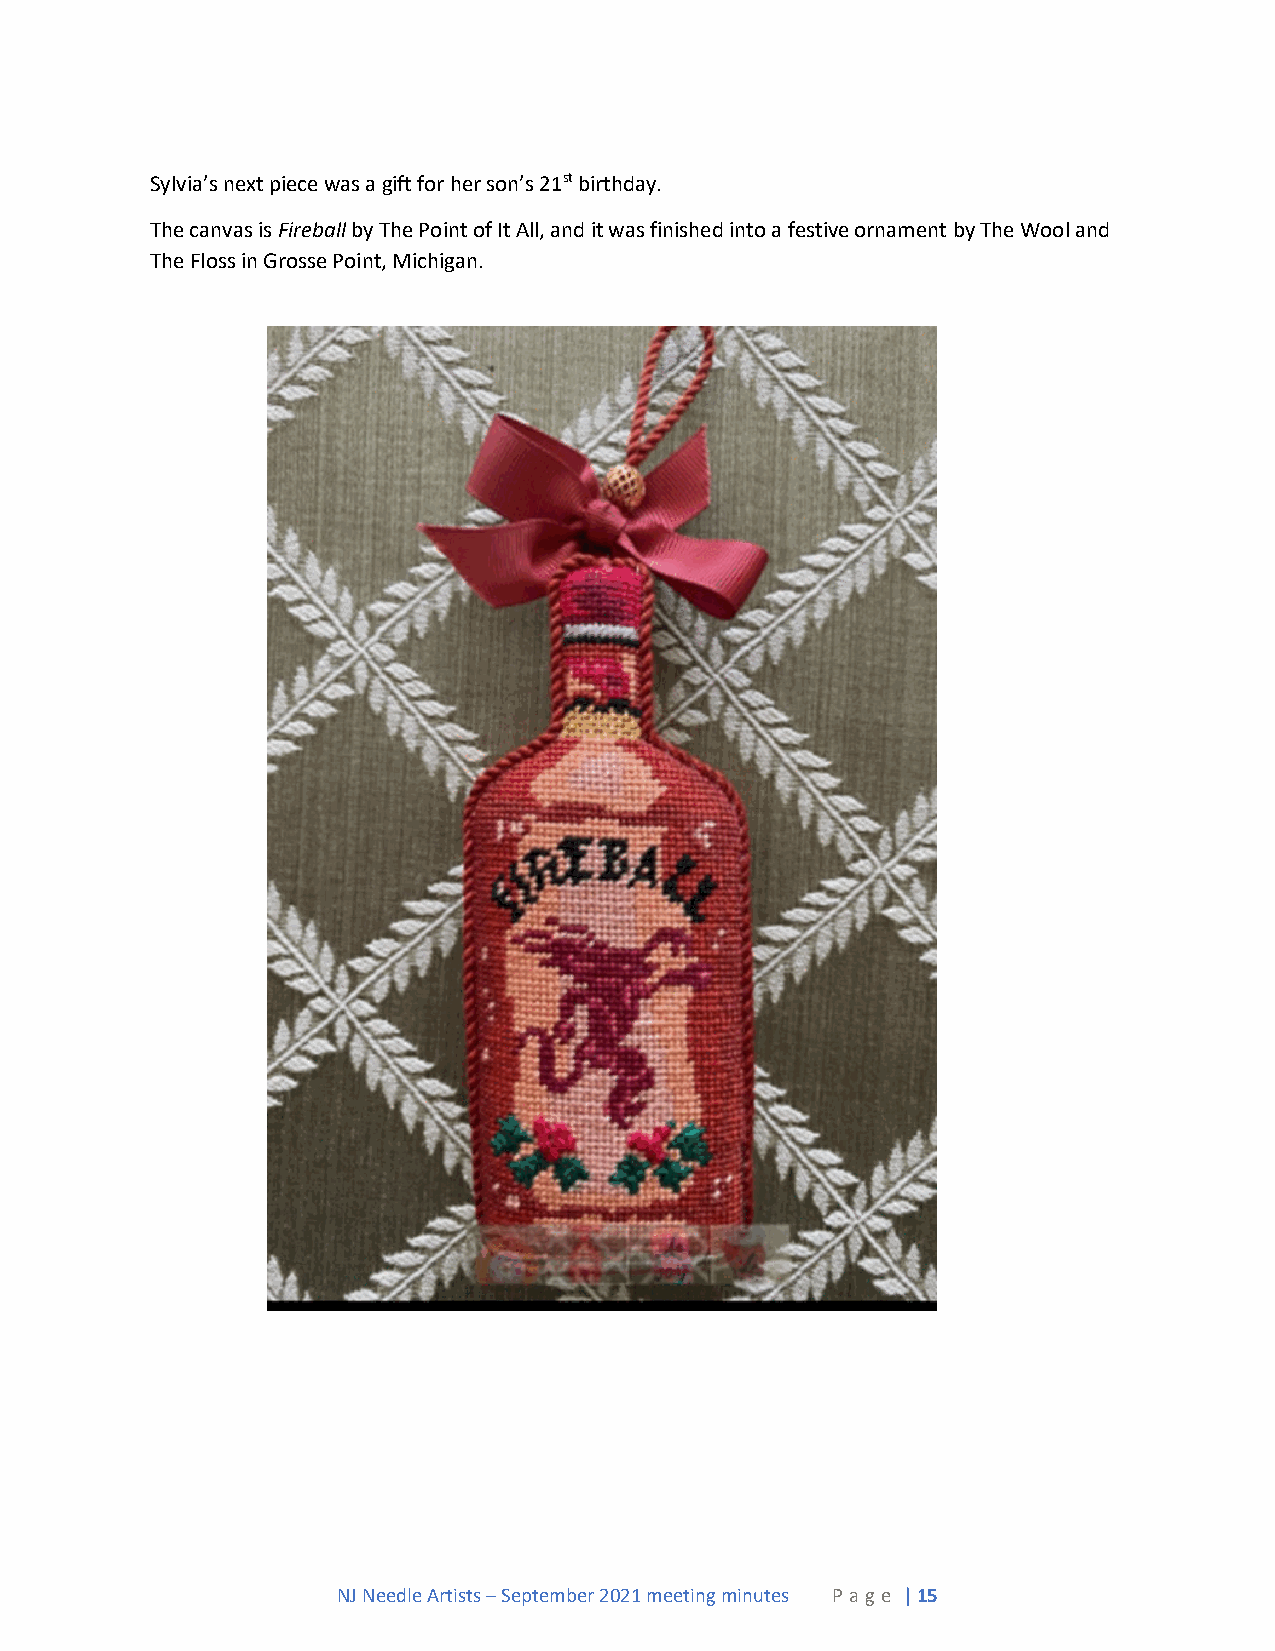
Sylvia’s next piece was a gift for her son’s 21st birthday.
 The canvas is Fireball by The Point of It All, and it was finished into a festive ornament by The Wool and
 The Floss in Grosse Point, Michigan.
 NJ Needle Artists – September 2021 meeting minutes P a ge | 15